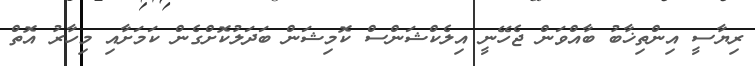
ރިޔާސީ އިންތިޚާބު ބާއްވަން ޖެހޭނީ އިލެކްޝަންސް ކޮމިޝަން ބަދަލުކޮށްގެން ކަމަށާއި މިހާރު އޮތް